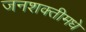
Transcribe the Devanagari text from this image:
जनशक्तीमधे